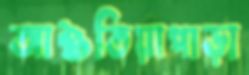
আশুতিয়াপাড়া